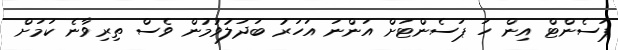
ޕަސެންޓް އިން ހަ ޕަސެންޓަށް އަންނަ އަހަރު ބަދަލުވުމުން ވެސް ތިރިވާނެ ކަމަށް